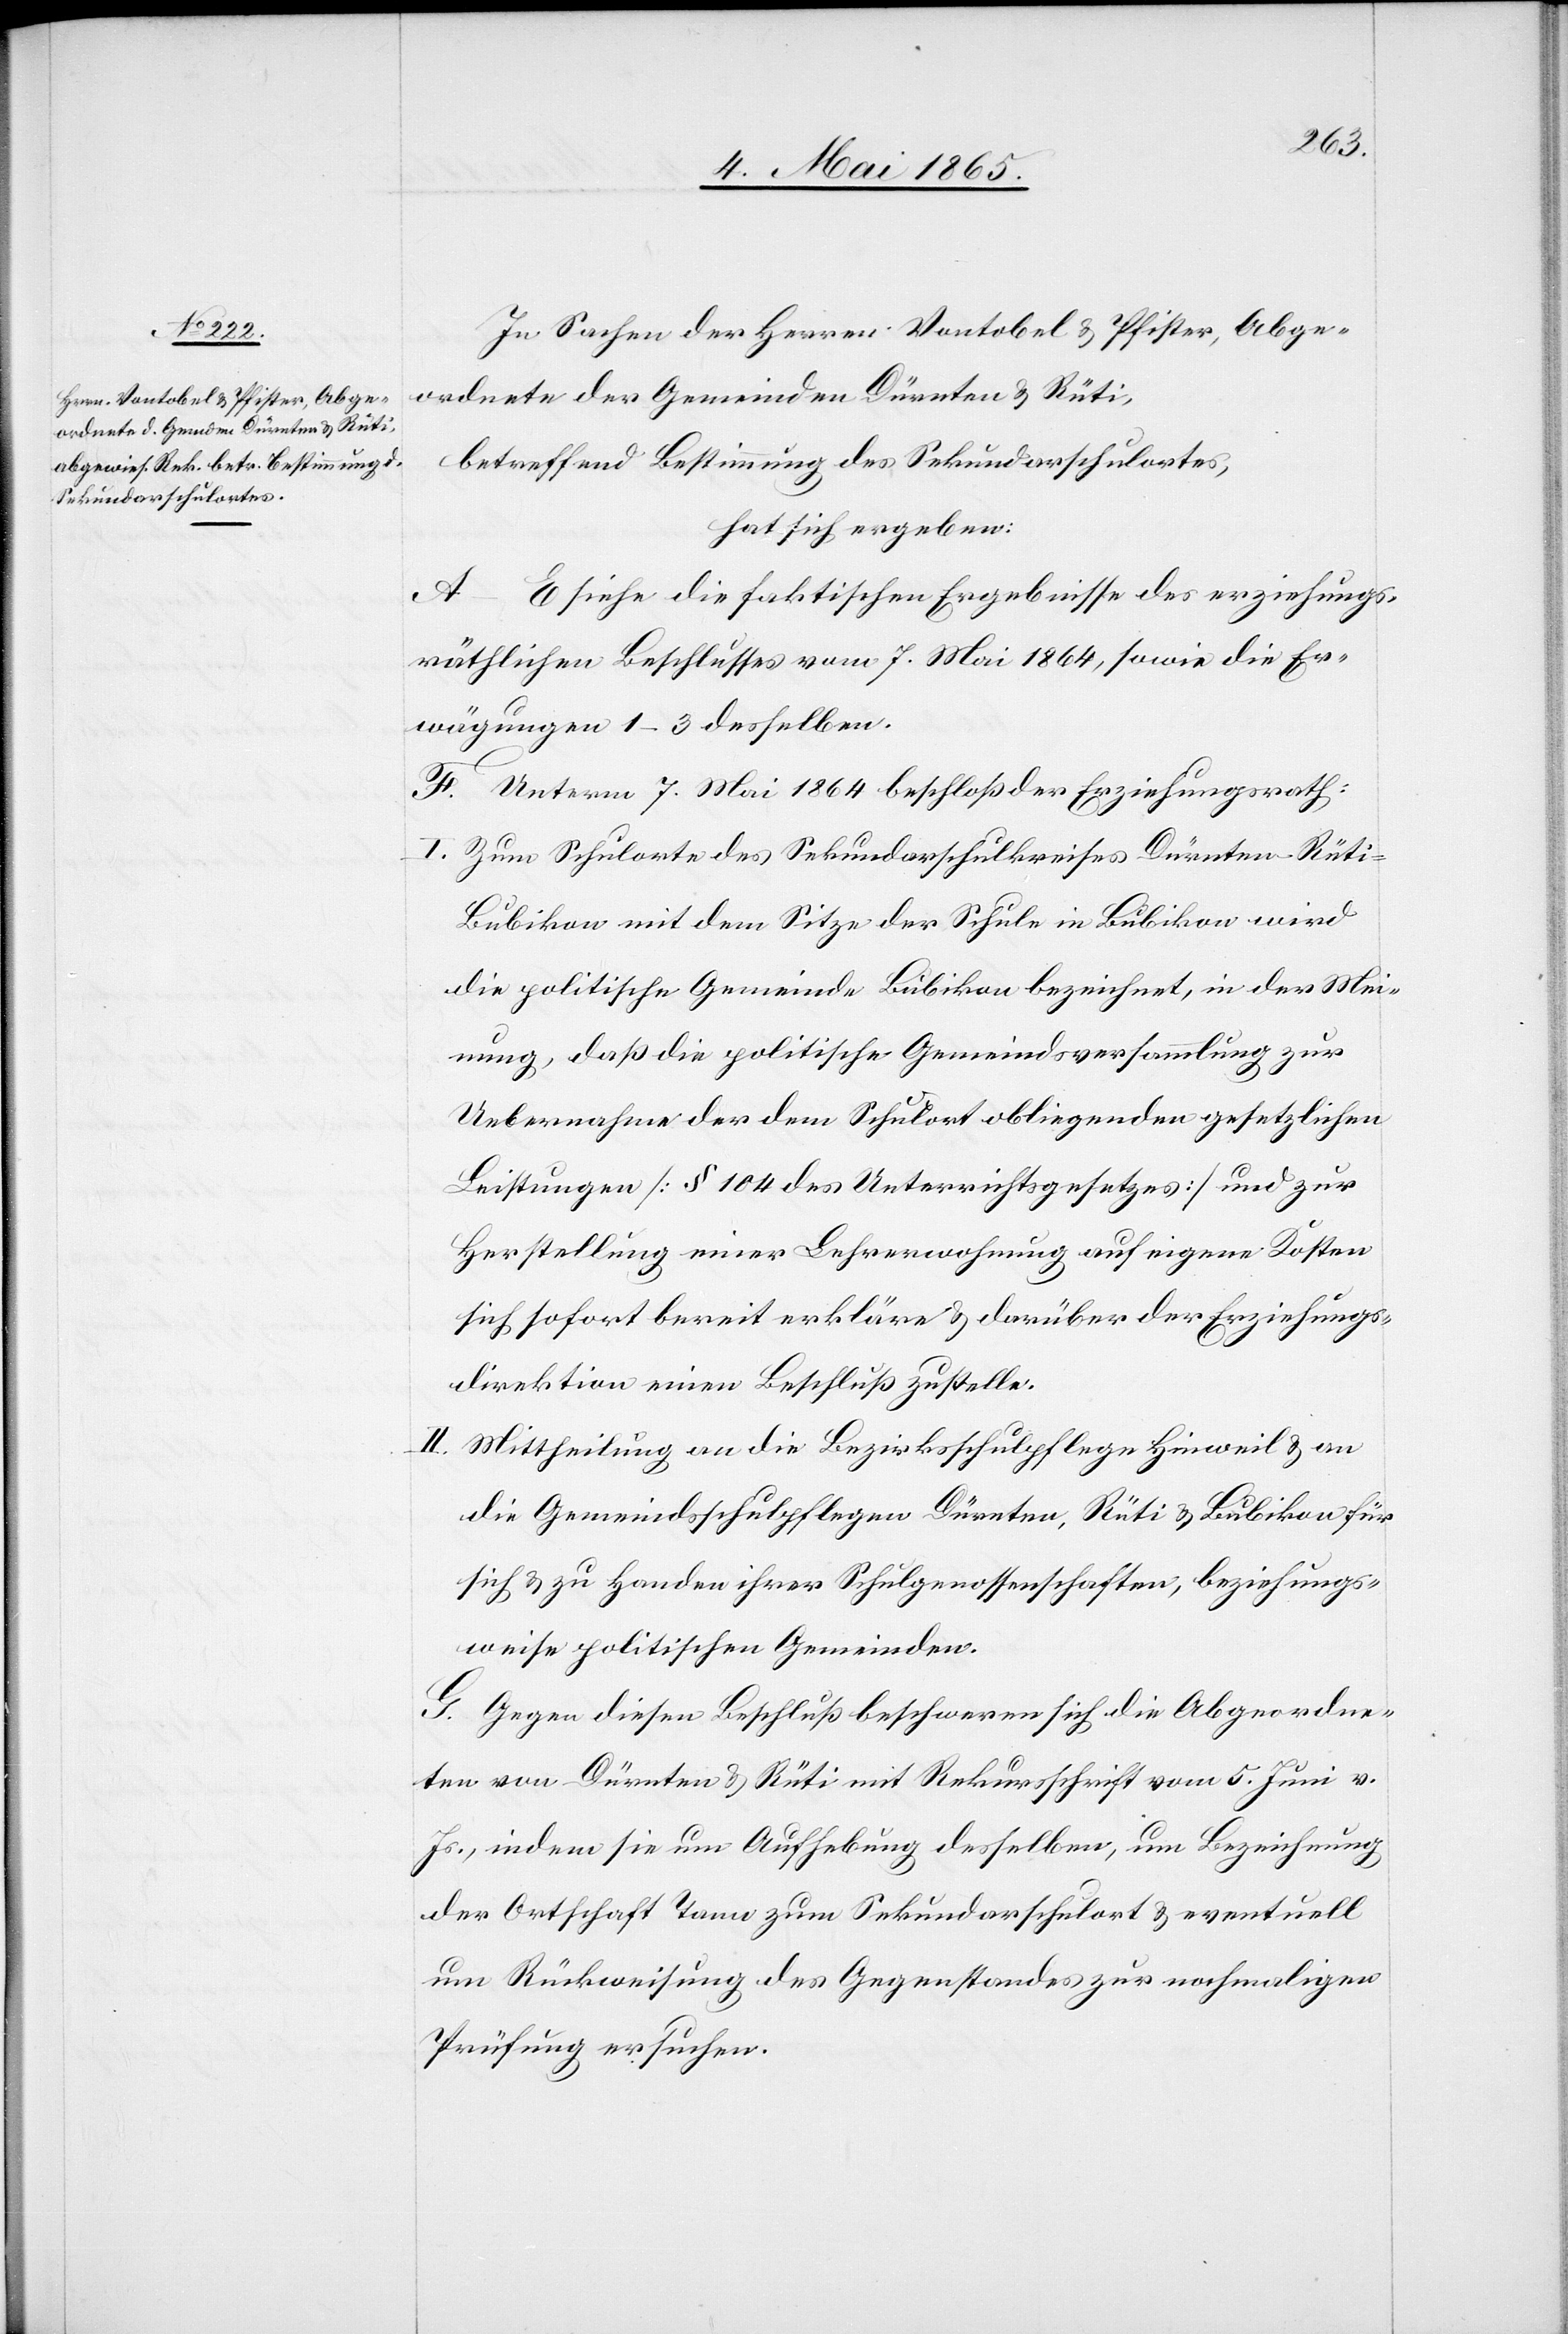
In Sachen der Herren Vontobel & Pfister, Abge¬
ordnete der Gemeinden Dürnten & Rüti,
betreffend Bestimmung des Sekundarschulortes,
hat sich ergeben:
A–E siehe die faktischen Ergebnisse des erziehungs¬
räthlichen Beschlusses vom 7. Mai 1864, sowie die Er¬
wägungen 1–3 desselben.
F. Unterm 7. Mai 1864 beschloß der Erziehugnsrath:
I. Zum Schulorte des Sekundarschulkreises Dürnten-Rüti-B¬
ubikon mit dem Sitze der Schule in Bubikon wird
die politische Gemeinde Bubikon bezeichnet, in der Mei¬
nung, daß die politische Gemeindsversammlung zur
Uebernahme der dem Schulort obliegenden gesetzlichen
Leistungen [§ 104 des Unterrichtsgesetzes] und zur
Herstellung einer Lehrerwohnung auf eigene Kosten
sich sofort bereit erkläre & darüber der Erziehungs¬
direktion einen Beschluß zustelle.
II. Mittheilung an die Bezirksschulpflege Hinweil & an
die Gemeindsschulpflegen Dürnten, Rüti & Bubikon für
sich & zu Handen ihrer Schulgenossenschaften, beziehungs¬
weise politischen Gemeinden.
G. Gegen diesen Beschluß beschweren sich die Abgeordne¬
ten von Dürnten & Rüti mit Rekursschrift vom 5. Juni v.
Js., indem sie um Aufhebung desselben, um Bezeichnung
der Ortschaft Tann zum Sekundarschulort & eventuell
um Rückweisung des Gegenstandes zur nochmaligen
Prüfung ersuchen.